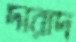
দারাদ